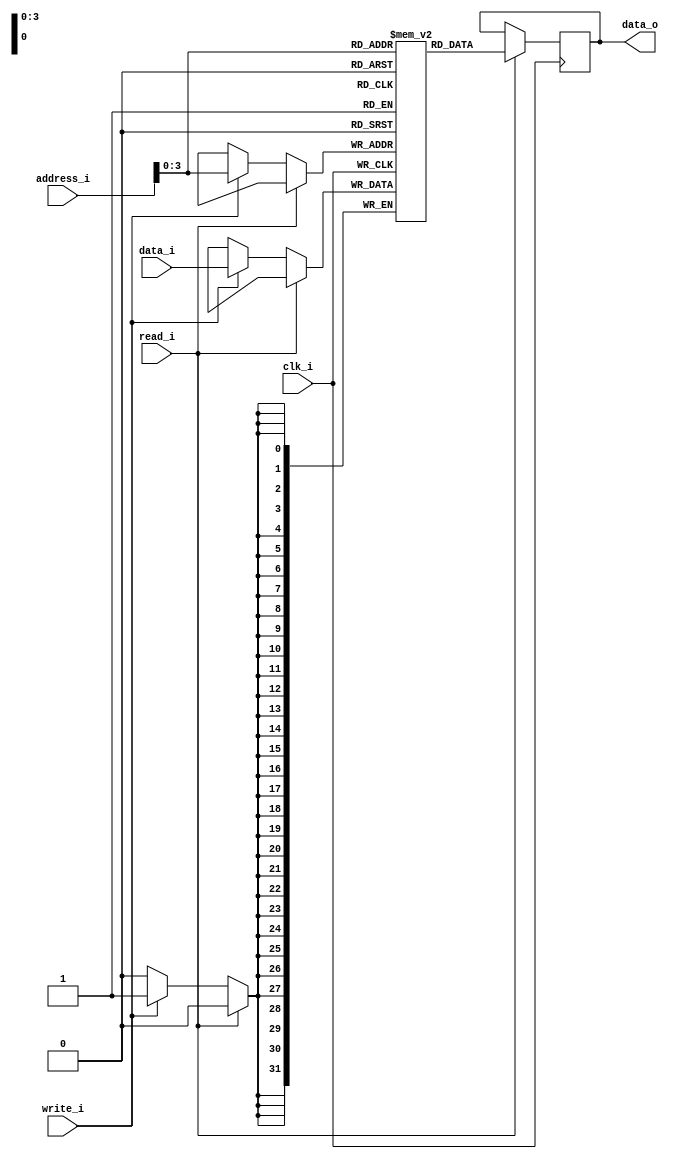
`timescale 1ns / 1ps
//////////////////////////////////////////////////////////////////////////////////
// Company: 
// Engineer: 
// 
// Design Name: 
// Module Name: memory
// Project Name: 
// Target Devices: 
// Tool Versions: 
// Description: 
// 
// Dependencies: 
// 
// Revision:
// Revision 0.01 - File Created
// Additional Comments:
// 
//////////////////////////////////////////////////////////////////////////////////


module memory #(
                    parameter       BLOCK_SIZE = 32,
                    parameter       ADDRESS_SIZE = 32
)
(
input clk_i,
input read_i, 
input write_i,
input [BLOCK_SIZE - 1: 0] data_i,
input [$clog2(ADDRESS_SIZE) - 1: 0] address_i,
output reg [BLOCK_SIZE - 1: 0] data_o 
    );
    
localparam DEPTH = 16;
    
reg [BLOCK_SIZE - 1: 0] memory [DEPTH - 1: 0];
    
    always@(posedge clk_i ) begin
        if(read_i) begin
            data_o <= memory[ address_i ];
        end
        else if(write_i) begin
            memory[ address_i ] <= data_i;
        end
    end
endmodule